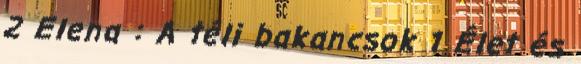
2 Elena : A téli bakancsok 1 Élet és